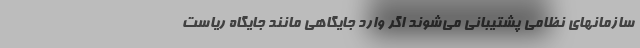
سازمانهای نظامی پشتیبانی می‌شوند اگر وارد جایگاهی مانند جایگاه ریاست